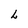
Character: L